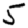
Digit: 5